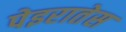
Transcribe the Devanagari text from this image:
पेइरातेस